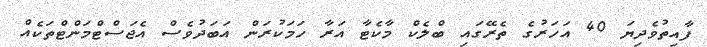
ފާއިތުވެދިޔަ 40 އަހަރުގެ ތެރޭގައި ބްލެކް މާކެޓާ އަރާ ހަމަކުރަން އަބަދުވެސް އެޖަސްޓްމަންޓްތަކެއް